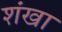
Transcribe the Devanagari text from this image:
शंखा